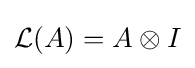
{\mathcal {L}}(A)=A\otimes I